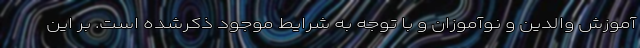
آموزش والدین و نوآموزان و با توجه به شرایط موجود ذکرشده است. بر این